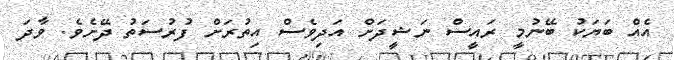
އެއް ބަޔަކު ބޭނުމީ ރައީސް ނަޝީދަށް އަދިވެސް އިތުރަށް ފުރުސަތު ދޭށެވެ. ވާދަ